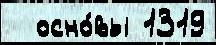
  осно́вы 1319